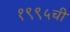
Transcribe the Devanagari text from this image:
१९९५ची